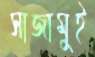
সাজামুই